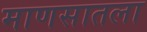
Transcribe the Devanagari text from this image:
माणसातला